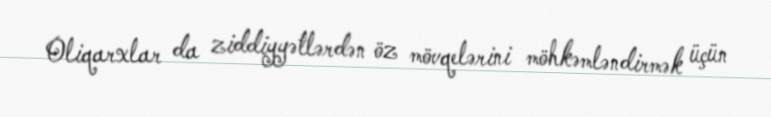
Oliqarxlar da ziddiyyətlərdən öz mövqelərini möhkəmləndirmək üçün